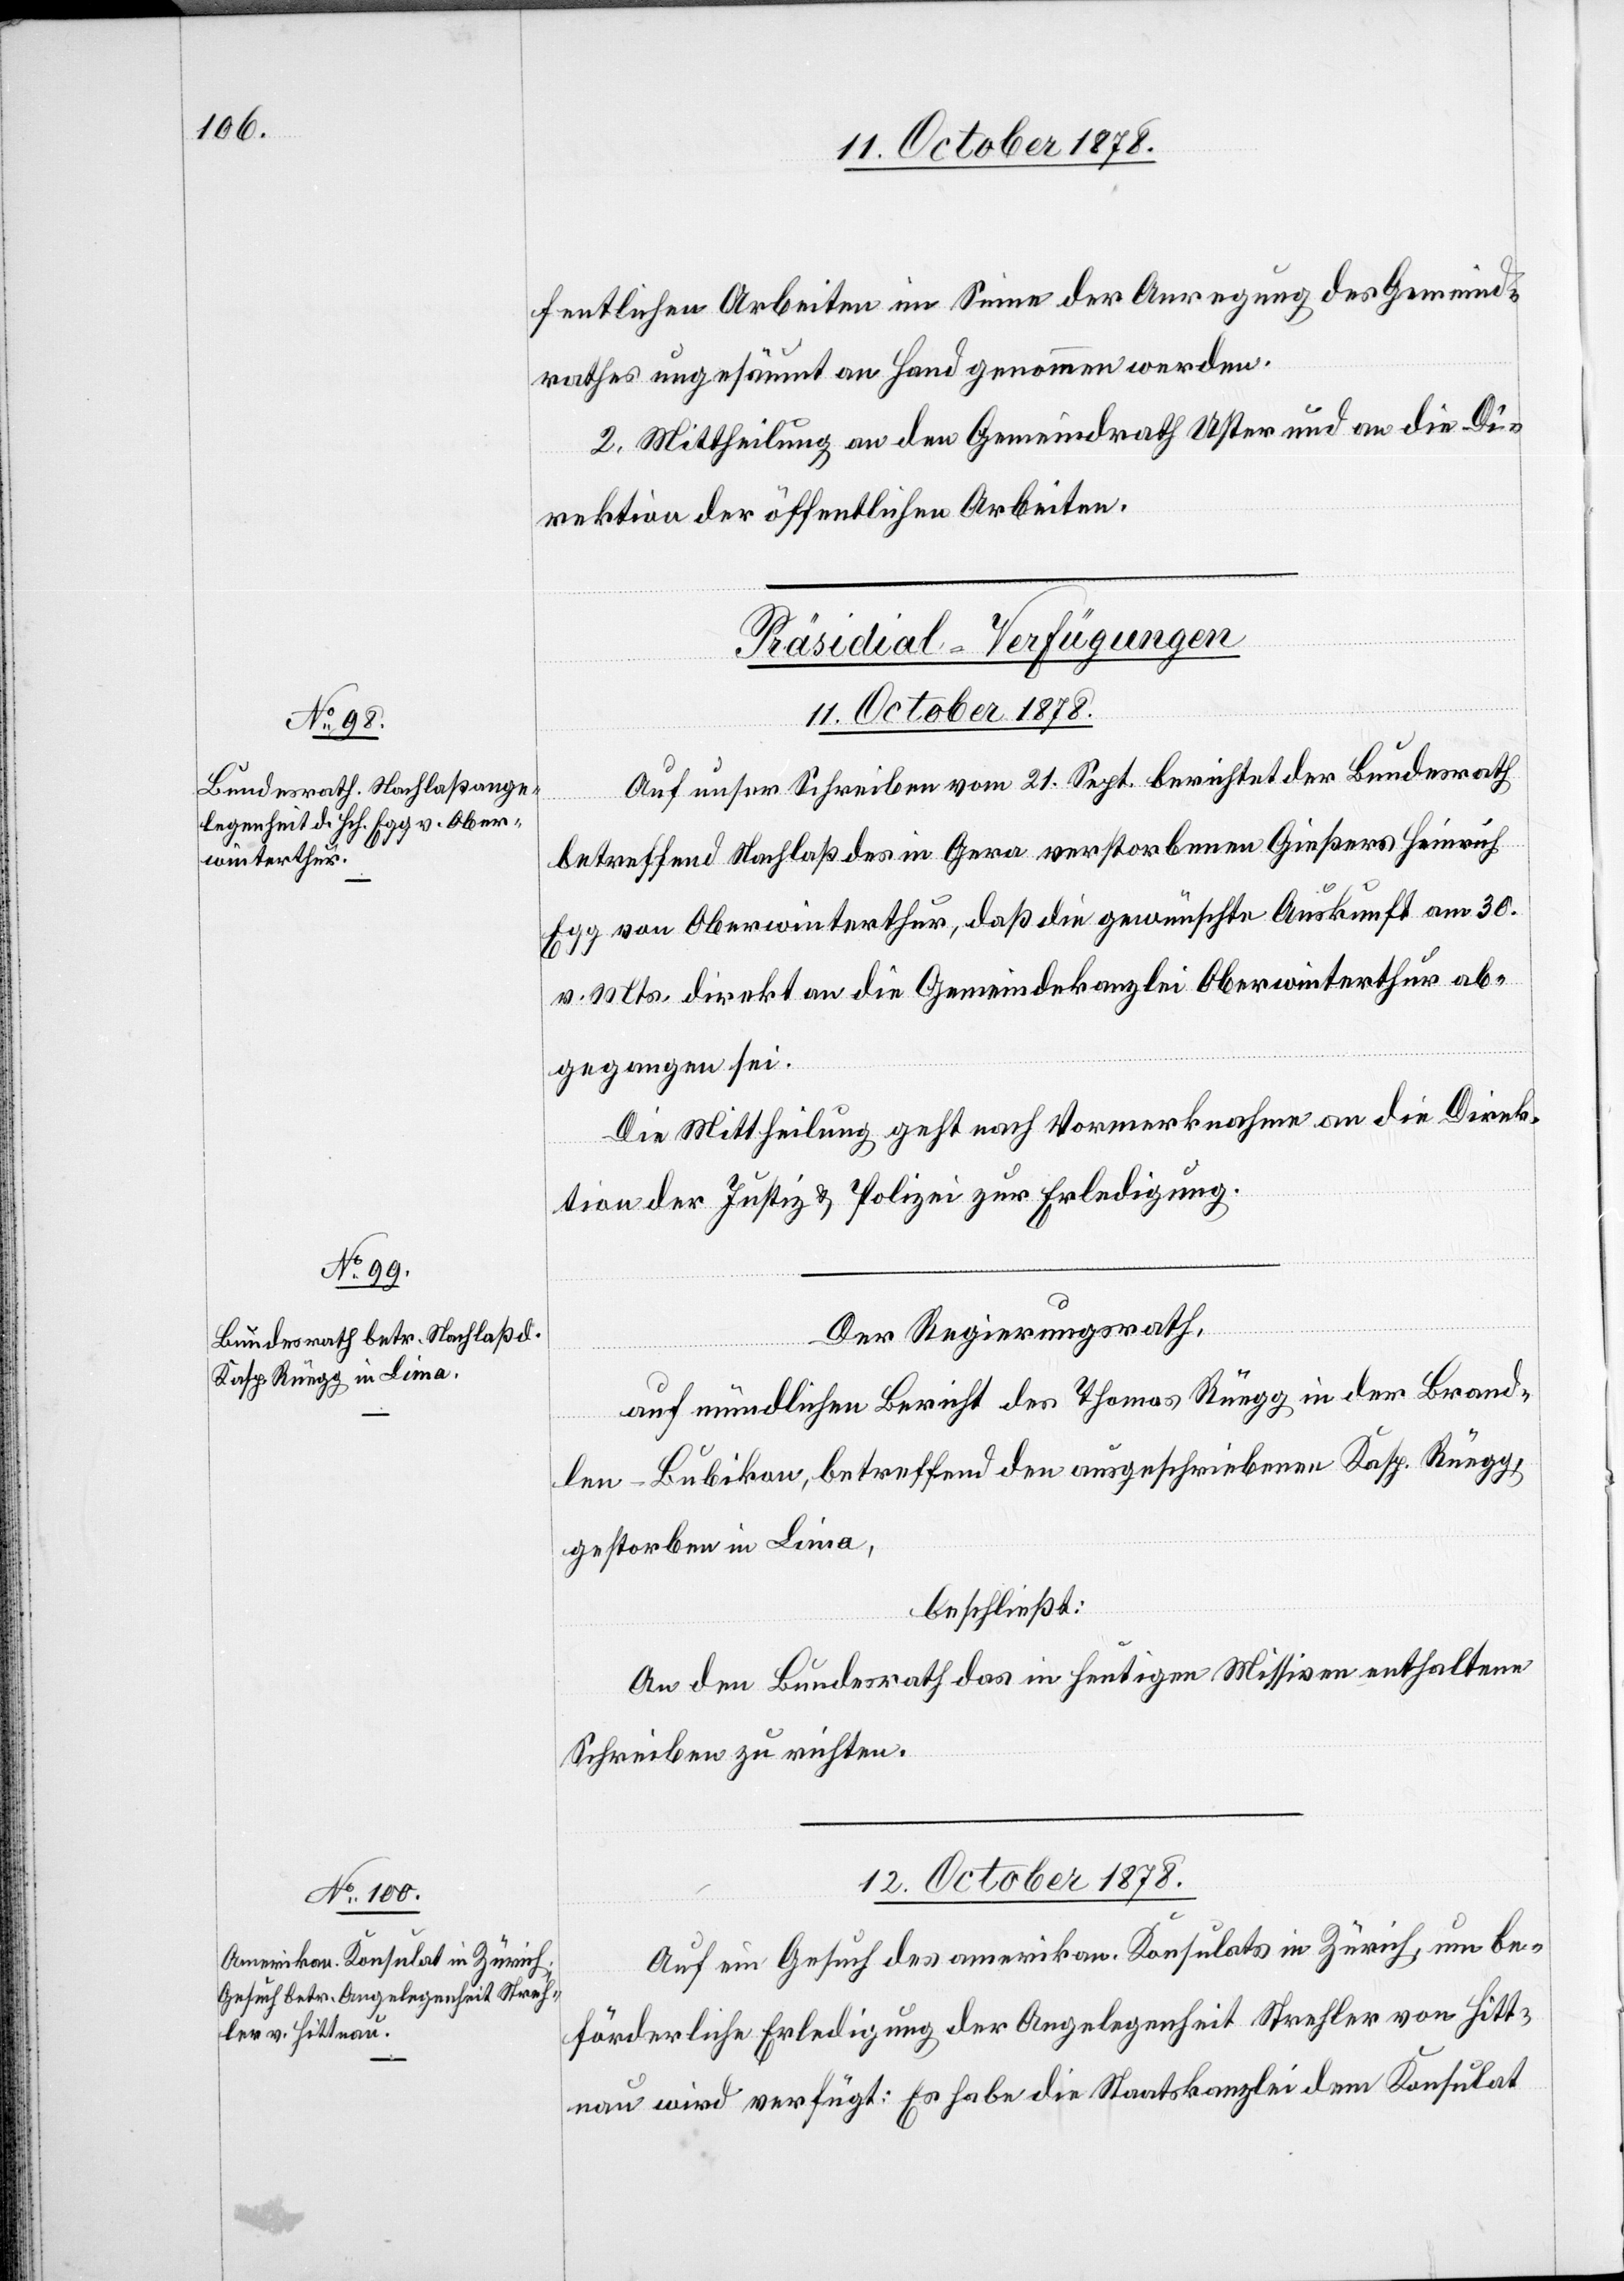
fentlichen Arbeiten im Sinne der Anregung des Gemeind¬
rathes ungesäumt an Hand genommen werden.
2. Mittheilung an den Gemeindrath Uster und an die Di¬
rektion der öffentlichen Arbeiten.
[Präsidial-Verfügungen]
12. October 1878.
Auf unser Schreiben vom 21. Sept. berichtet der Bundesrath
betreffend Nachlaß des in Gera verstorbenen Gießers Heinrich
Egg von Oberwinterthur, daß die gewünschte Auskunft am 30.
v. Mts. direkt an die Gemeindekanzlei Oberwinterthur ab¬
gegangen sei.
Die Mittheilung geht nach Vormerknahme an die Direk¬
tion der Justiz & Polizei zur Erledigung.
Der Regierungsrath,
auf mündlichen Bericht des Thomas Rüegg in der Brand¬
len - Bubikon, betreffend den ausgeschriebenen Kasp. Rüegg,
gestorben in Lima,
beschließt:
An den Bundesrath das in heutigen Missiven enthaltene
Schreiben zu richten.
Auf ein Gesuch des amerik. Konsulats in Zürich, um be¬
förderliche Erledigung der Angelegenheit Strehler von Hitt¬
nau wird verfügt: Es habe die Staatskanzlei dem Konsulat